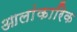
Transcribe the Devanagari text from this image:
आलांकारिक